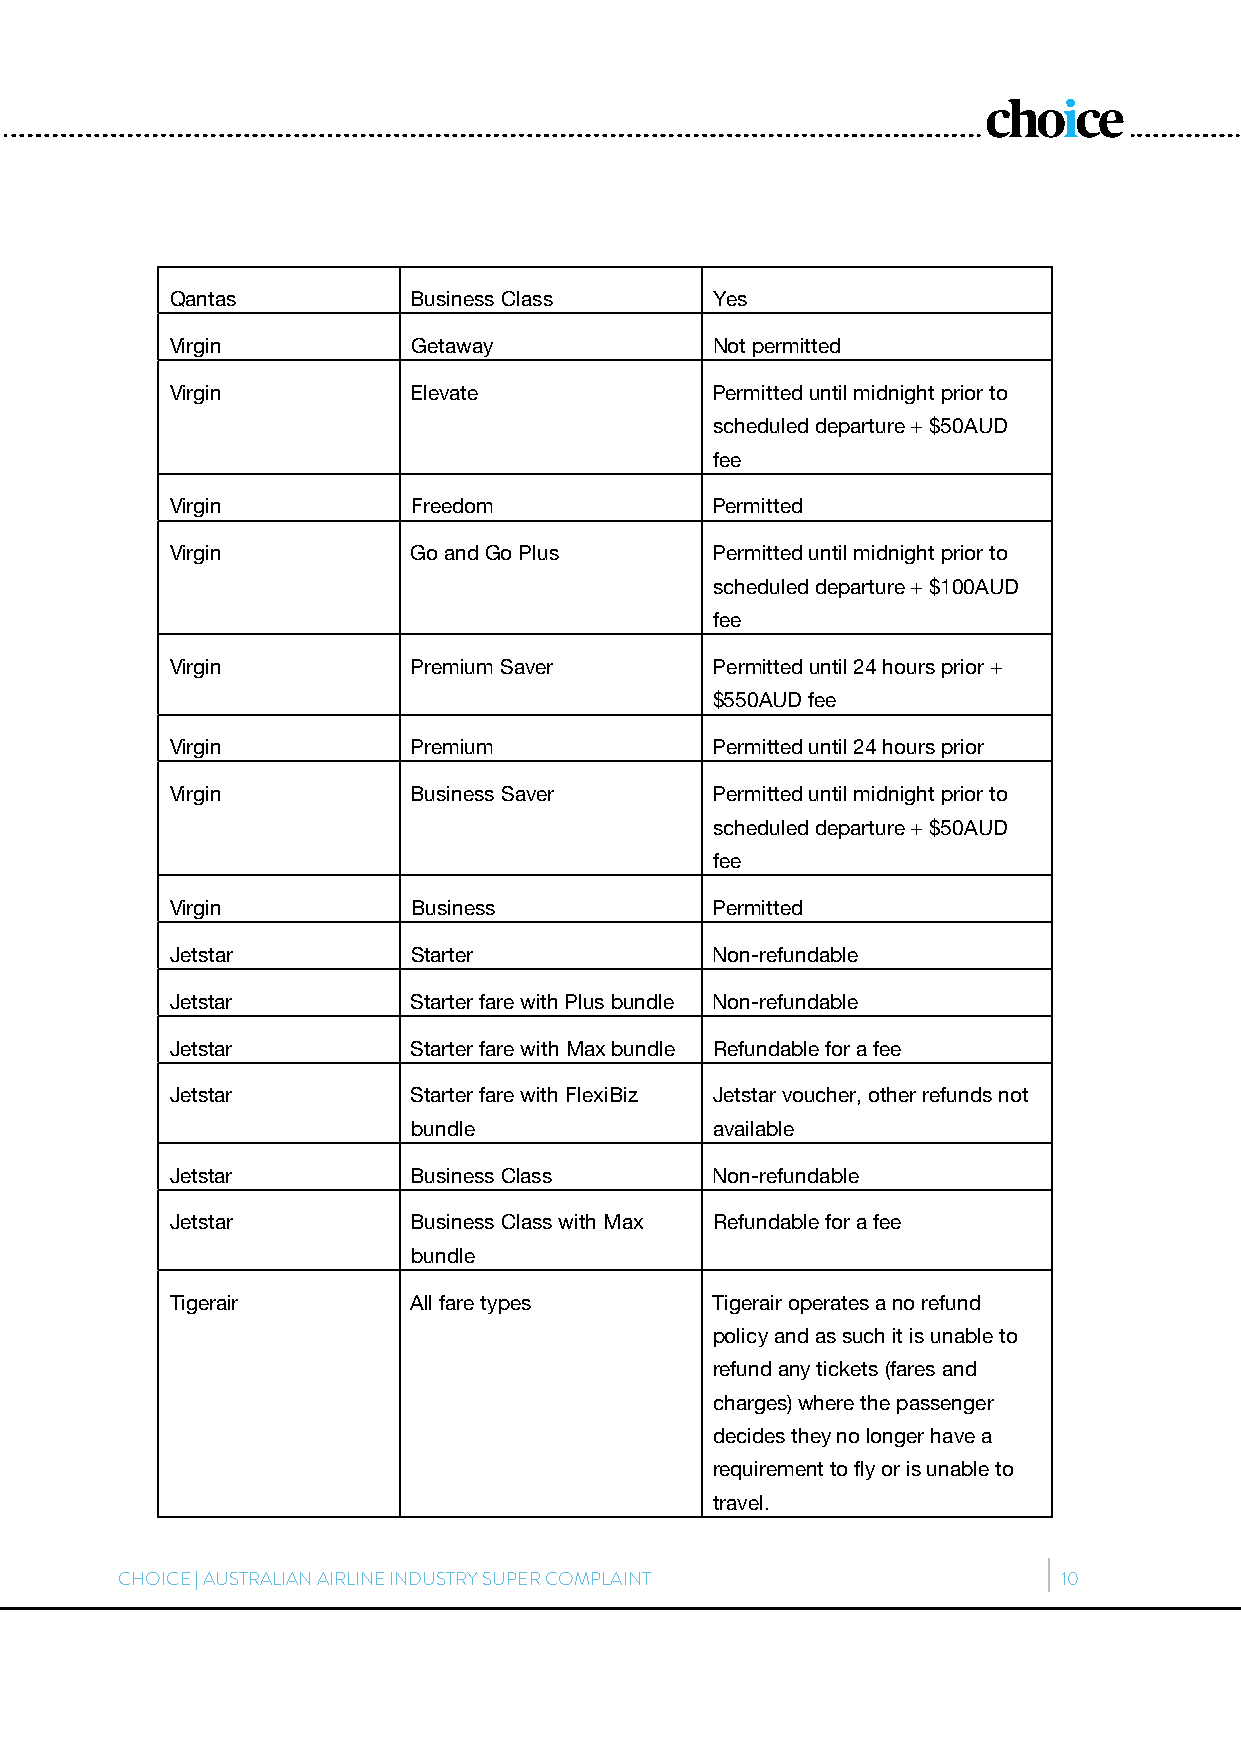
Qantas          Business Class      Yes
 Virgin          Getaway             Not permitted
 Virgin          Elevate             Permitted until midnight prior to
 scheduled departure + $50AUD
 fee
 Virgin          Freedom             Permitted
 Virgin          Go and Go Plus      Permitted until midnight prior to
 scheduled departure + $100AUD
 fee
 Virgin          Premium Saver       Permitted until 24 hours prior +
 $550AUD fee
 Virgin          Premium             Permitted until 24 hours prior
 Virgin          Business Saver      Permitted until midnight prior to
 scheduled departure + $50AUD
 fee
 Virgin          Business            Permitted
 Jetstar         Starter             Non-refundable
 Jetstar         Starter fare with Plus bundle Non-refundable
 Jetstar         Starter fare with Max bundle Refundable for a fee
 Jetstar         Starter fare with FlexiBiz Jetstar voucher, other refunds not
 bundle              available
 Jetstar         Business Class      Non-refundable
 Jetstar         Business Class with Max Refundable for a fee
 bundle
 Tigerair        All fare types      Tigerair operates a no refund
 policy and as such it is unable to
 refund any tickets (fares and
 charges) where the passenger
 decides they no longer have a
 requirement to fly or is unable to
 travel.
 CHOICE | AUSTRALIAN AIRLINE INDUSTRY SUPER COMPLAINT          10